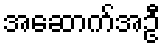
အဆောက်အဦ